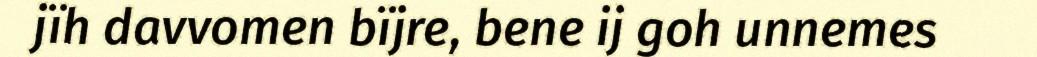
jïh davvomen bïjre, bene ij goh unnemes